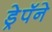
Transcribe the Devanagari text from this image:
ड्रेपॅने